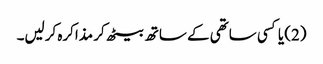
(2) یا کسی ساتھی کے ساتھ بیٹھ کر مذاکرہ کرلیں۔